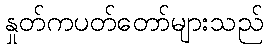
နှုတ်ကပတ်တော်များသည်